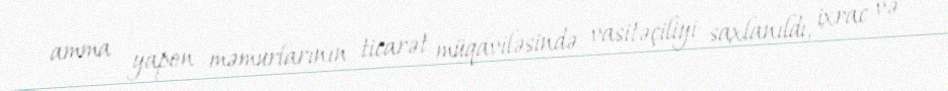
amma yapon məmurlarının ticarət müqaviləsində vasitəçiliyi saxlanıldı, ixrac və